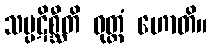
သမ္ပဋိစ္ဆီတိ ဝုတ္တံ ဟောတိ။